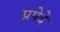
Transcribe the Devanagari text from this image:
प्रपेदे